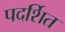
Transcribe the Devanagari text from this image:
पदर्शित